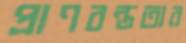
প্রাণবন্ততার